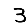
Digit: 3